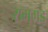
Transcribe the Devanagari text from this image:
रामगड़